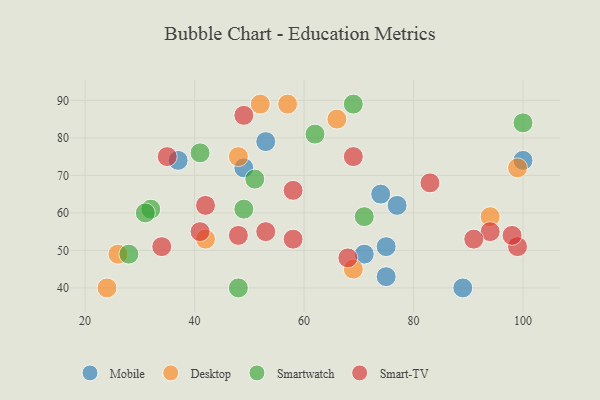
{"axis": {"x": "GDP", "y": "Life Expectancy"}, "legend": ["Desktop", "Mobile", "Smart-TV", "Smartwatch"], "data": [{"x": "37", "y": 74, "type": "Mobile"}, {"x": "74", "y": 65, "type": "Mobile"}, {"x": "75", "y": 51, "type": "Mobile"}, {"x": "71", "y": 49, "type": "Mobile"}, {"x": "49", "y": 72, "type": "Mobile"}, {"x": "77", "y": 62, "type": "Mobile"}, {"x": "100", "y": 74, "type": "Mobile"}, {"x": "75", "y": 43, "type": "Mobile"}, {"x": "53", "y": 79, "type": "Mobile"}, {"x": "89", "y": 40, "type": "Mobile"}, {"x": "69", "y": 45, "type": "Desktop"}, {"x": "42", "y": 53, "type": "Desktop"}, {"x": "26", "y": 49, "type": "Desktop"}, {"x": "48", "y": 75, "type": "Desktop"}, {"x": "94", "y": 59, "type": "Desktop"}, {"x": "66", "y": 85, "type": "Desktop"}, {"x": "24", "y": 40, "type": "Desktop"}, {"x": "99", "y": 72, "type": "Desktop"}, {"x": "52", "y": 89, "type": "Desktop"}, {"x": "57", "y": 89, "type": "Desktop"}, {"x": "32", "y": 61, "type": "Smartwatch"}, {"x": "28", "y": 49, "type": "Smartwatch"}, {"x": "49", "y": 61, "type": "Smartwatch"}, {"x": "69", "y": 89, "type": "Smartwatch"}, {"x": "62", "y": 81, "type": "Smartwatch"}, {"x": "48", "y": 40, "type": "Smartwatch"}, {"x": "100", "y": 84, "type": "Smartwatch"}, {"x": "31", "y": 60, "type": "Smartwatch"}, {"x": "71", "y": 59, "type": "Smartwatch"}, {"x": "41", "y": 76, "type": "Smartwatch"}, {"x": "51", "y": 69, "type": "Smartwatch"}, {"x": "35", "y": 75, "type": "Smart-TV"}, {"x": "42", "y": 62, "type": "Smart-TV"}, {"x": "99", "y": 51, "type": "Smart-TV"}, {"x": "69", "y": 75, "type": "Smart-TV"}, {"x": "68", "y": 48, "type": "Smart-TV"}, {"x": "34", "y": 51, "type": "Smart-TV"}, {"x": "58", "y": 53, "type": "Smart-TV"}, {"x": "48", "y": 54, "type": "Smart-TV"}, {"x": "94", "y": 55, "type": "Smart-TV"}, {"x": "83", "y": 68, "type": "Smart-TV"}, {"x": "91", "y": 53, "type": "Smart-TV"}, {"x": "98", "y": 54, "type": "Smart-TV"}, {"x": "41", "y": 55, "type": "Smart-TV"}, {"x": "53", "y": 55, "type": "Smart-TV"}, {"x": "49", "y": 86, "type": "Smart-TV"}, {"x": "58", "y": 66, "type": "Smart-TV"}]}